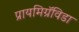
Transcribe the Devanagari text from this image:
प्रायमिग्रॅविडा